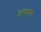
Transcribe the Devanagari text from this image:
दारूमुक्त